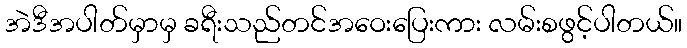
အဲဒီအပါတ်မှာမှ ခရီးသည်တင်အဝေးပြေးကား လမ်းစဖွင့်ပါတယ်။